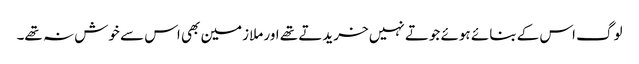
لوگ اس کے بنائے ہوئے جوتے نہیں خریدتے تھے اور ملازمین بھی اس سے خوش نہ تھے۔